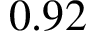
0 . 9 2